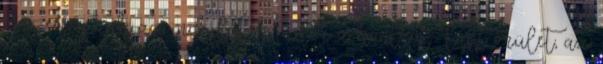
összecsapnak az indulatok, kitör a kontrol- lált őrület, az